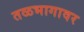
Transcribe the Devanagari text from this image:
तळभागावर